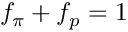
f _ { \pi } + f _ { p } = 1